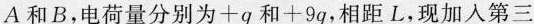
A和B，电荷量分别为+q和+9q，相距L，现加入第三